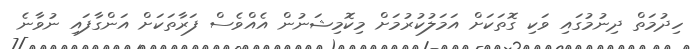
ހިދުމަތް ދިނުމުގައި ވަކި ގޮތަކަށް އަމަލުކުރުމަށް މިކޮމިޝަނުން އެއްވެސް ފަރާތަކަށް އަންގާފައި ނުވާނެ